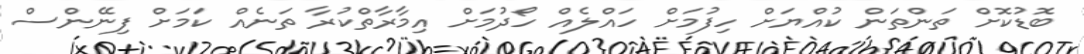
ބޮޑުކޮށް ތަންތަން ކުއްޔަށް ހިފުމަށް ހައްލެއް ހޯދުމަށް އިމާރާތްކުރާ ތަނެއް ކަމަށް ފިނޭންސް